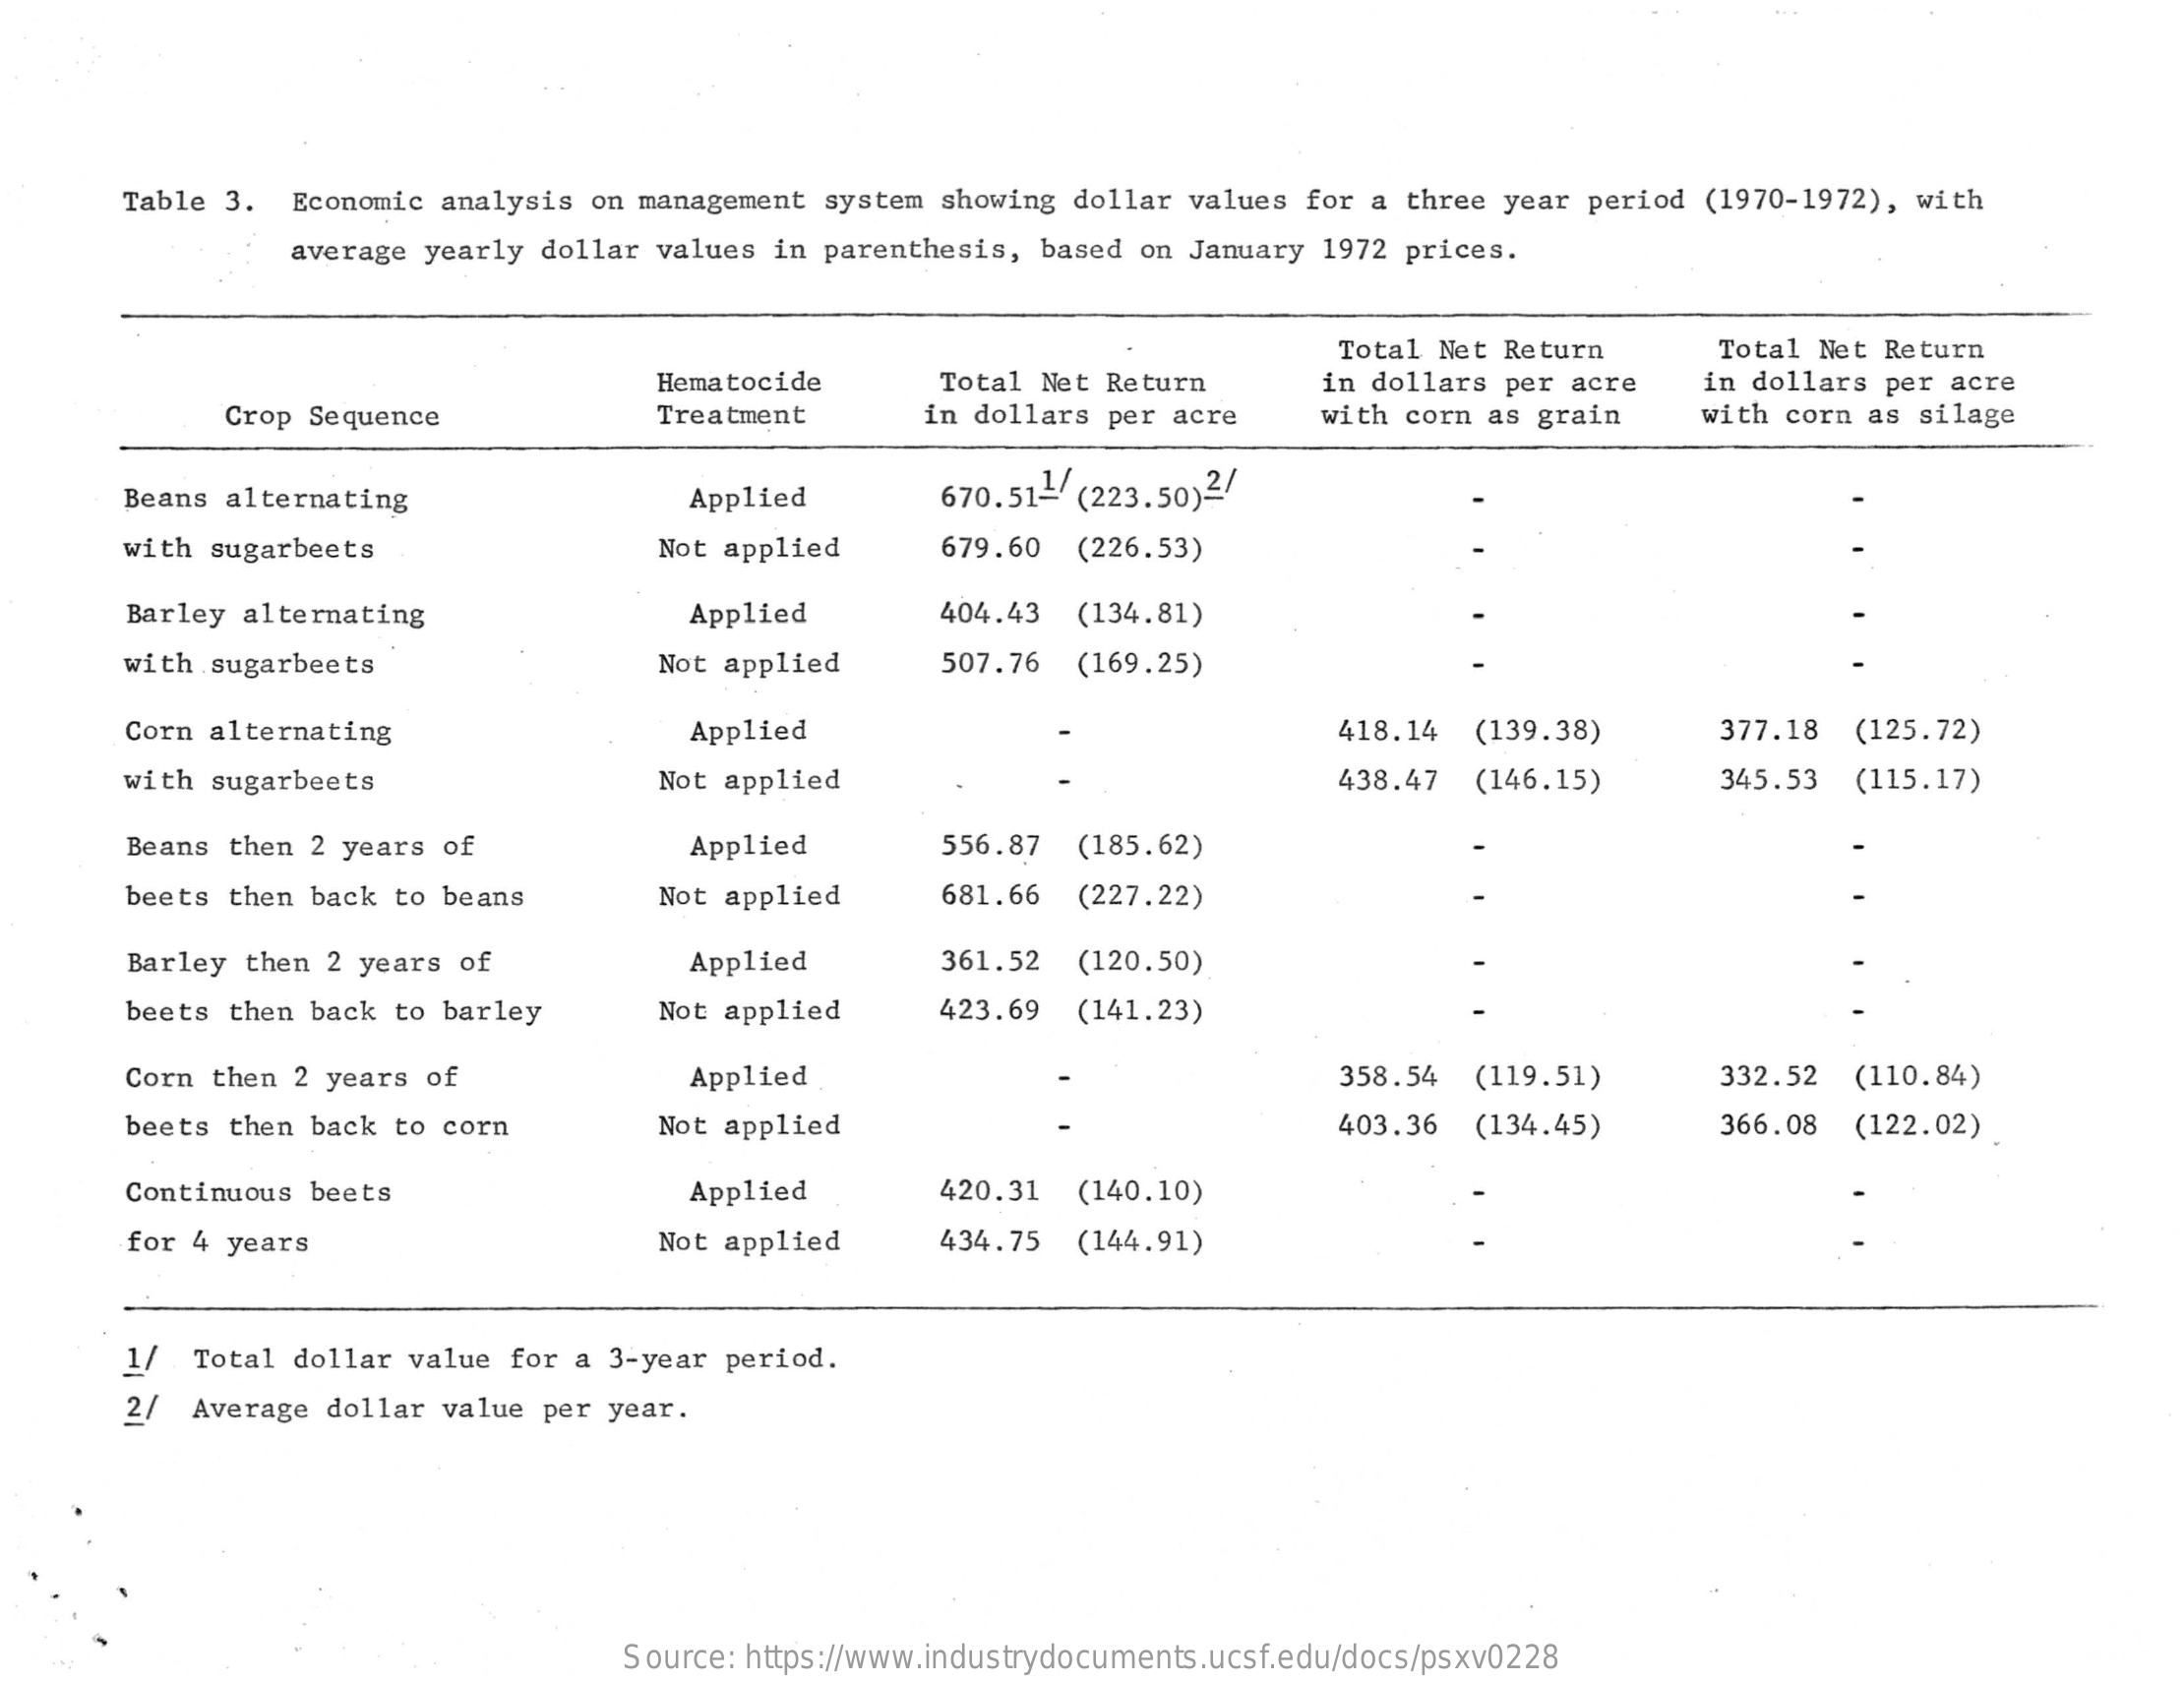
Table 3. Economic analysis on management system showing dollar values for a three year period (1970-1972), with
     average yearly dollar values in parenthesis, based on January 1972 prices.
     Total Net Return   Total Net Return
     Hematocide    Total Net Return   in dollars per acre in dollars per acre
     Crop Sequence    Treatment    in dollars per acre with corn as grain  with corn as silage
     Beans alternating    Applied    670.51- (223.50)2/
     with sugarbeets    Not applied   679.60 (226.53)
     Barley alternating    Applied    404.43 (134.81)
     with sugarbeets    Not applied    507.76 (169.25)
     Corn alternating    Applied    418.14 (139.38)    377.18 (125.72)
     with sugarbeets    Not applied    438.47 (146.15)    345.53 (115.17)
     Beans then 2 years of    Applied    556.87 (185.62)
     beets then back to beans    Not applied   681.66 (227.22)
     Barley then 2 years of    Applied    361.52 (120.50)
     beets then back to barley  Not applied    423.69 (141.23)
     Corn then 2 years of    Applied    358.54 (119.51)    332.52 (110.84)
     beets then back to corn    Not applied    403.36 (134.45)    366.08 (122.02)
     Continuous beets    Applied    420.31 (140.10)
     for 4 years    Not applied   434.75 (144.91)
     1/  Total dollar value for a 3-year period.
     2/ Average dollar value per year.
     Source: https://www.industrydocuments.ucsf.edu/docs/psxv0228